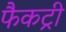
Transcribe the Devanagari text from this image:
फैकट्री